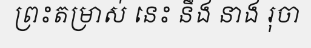
ព្រះតម្រាស់ នេះ នឹង នាង រុចា